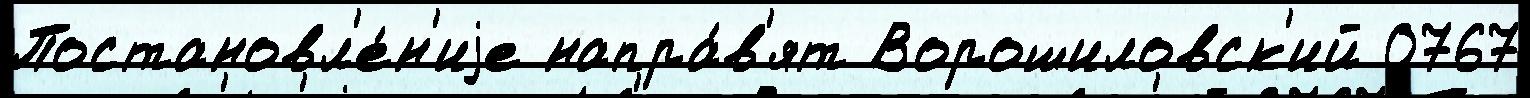
Постановл'е́н'иjе напра́в'ят Ворошиловск'ий 0767